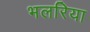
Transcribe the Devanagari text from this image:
भलरिया